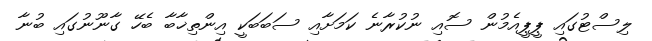
ލިސްޓުގައި ޕީޕީއެމުން ސޮއި ނުކުރާނެ ކަމަށާއި ސަބަބަކީ އިންތިޚާބާ ބެހޭ ގާނޫނުގައި ބުނާ